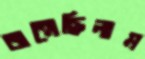
জন্মেছিলাম